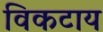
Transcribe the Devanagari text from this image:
विकटाय